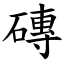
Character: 磚